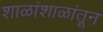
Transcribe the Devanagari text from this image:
शाळांशाळांतून